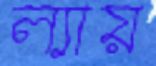
ল্যায়